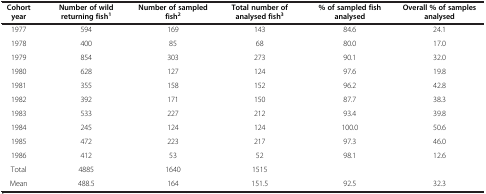
<table><thead><tr><td><b>Cohort year</b></td><td><b>Number of wild returning fish<sup>1</sup></b></td><td><b>Number of sampled fish<sup>2</sup></b></td><td><b>Total number of analysed fish<sup>3</sup></b></td><td><b>% of sampled fish analysed</b></td><td><b>Overall % of samples analysed</b></td></tr></thead><tbody><tr><td>1977</td><td>594</td><td>169</td><td>143</td><td>84.6</td><td>24.1</td></tr><tr><td>1978</td><td>400</td><td>85</td><td>68</td><td>80.0</td><td>17.0</td></tr><tr><td>1979</td><td>854</td><td>303</td><td>273</td><td>90.1</td><td>32.0</td></tr><tr><td>1980</td><td>628</td><td>127</td><td>124</td><td>97.6</td><td>19.8</td></tr><tr><td>1981</td><td>355</td><td>158</td><td>152</td><td>96.2</td><td>42.8</td></tr><tr><td>1982</td><td>392</td><td>171</td><td>150</td><td>87.7</td><td>38.3</td></tr><tr><td>1983</td><td>533</td><td>227</td><td>212</td><td>93.4</td><td>39.8</td></tr><tr><td>1984</td><td>245</td><td>124</td><td>124</td><td>100.0</td><td>50.6</td></tr><tr><td>1985</td><td>472</td><td>223</td><td>217</td><td>97.3</td><td>46.0</td></tr><tr><td>1986</td><td>412</td><td>53</td><td>52</td><td>98.1</td><td>12.6</td></tr><tr><td>Total</td><td>4885</td><td>1640</td><td>1515</td><td> </td><td> </td></tr><tr><td>Mean</td><td>488.5</td><td>164</td><td>151.5</td><td>92.5</td><td>32.3</td></tr></tbody></table>